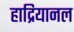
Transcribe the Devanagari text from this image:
हाद्रियानल